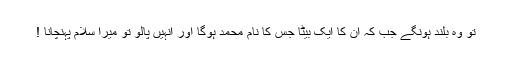
تو وہ بلند ہونگے جب کہ ان کا ایک بیٹا جس کا نام محمد ہوگا اور انہیں پالو تو میرا سلام پہنچانا !